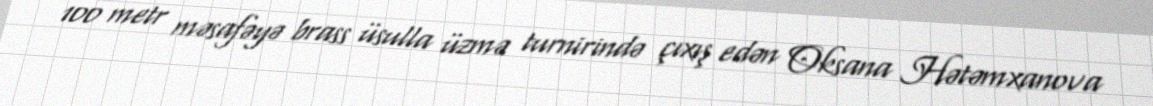
100 metr məsafəyə brass üsulla üzmə turnirində çıxış edən Oksana Hətəmxanova